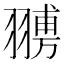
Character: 𦑷